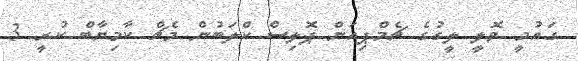
ގައުމީ ވޮލީ ލީގުގެ ޗެމްޕިއަން ޕޮލިސް ކްލަބުން މެޗް ކާމިޔާބް ކުރީ 3